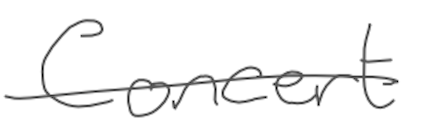
Text: Concert
Cross-out: single-line
Writing tool: digital_gray